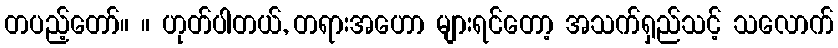
တပည့်တော်။ ။ ဟုတ်ပါတယ်, တရားအဟော များရင်တော့ အသက်ရှည်သင့် သလောက်